Report of the Indian Hemp Drugs Commission, 1894-1895 - Volume I
Year: 1894
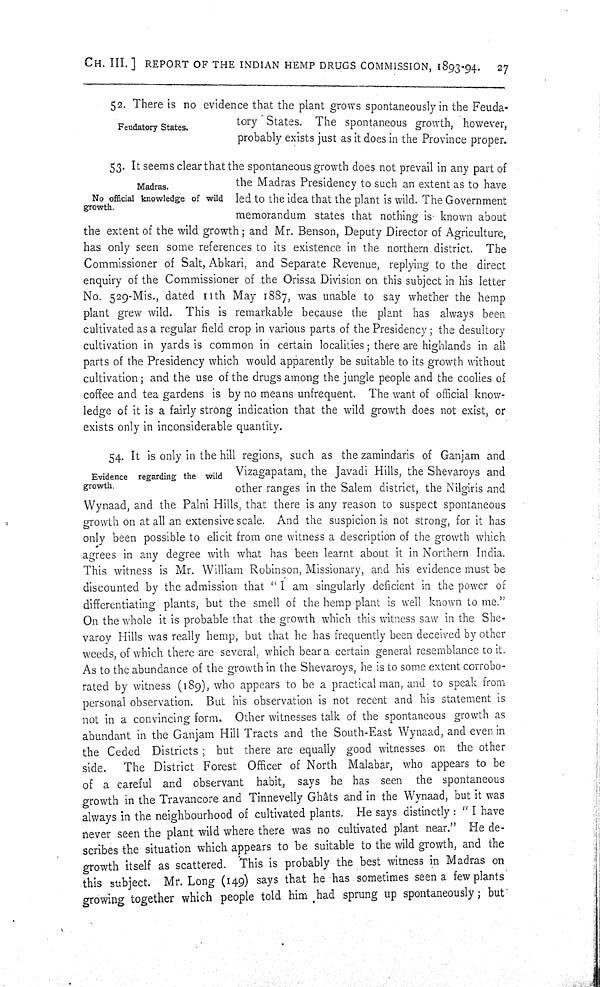
CH. III.] REPORT OF THE INDIAN HEMP DRUGS COMMISSION, 1893-94.
27
Feudatory States.
52. There is no evidence that the plant grows spontaneously in the Feuda-
tory States. The spontaneous growth, however,
probably exists just as it does in the Province proper.
Madras.
No official knowledge of wild
growth.
53. It seems clear that the spontaneous growth does not prevail in any part of
the Madras Presidency to such an extent as to have
led to the idea that the plant is wild. The Government
memorandum states that nothing is known about
the extent of the wild growth; and Mr. Benson, Deputy Director of Agriculture,
has only seen some references to its existence in the northern district. The
Commissioner of Salt, Abkari, and Separate Revenue, replying to the direct
enquiry of the Commissioner of the Orissa Division on this subject in his letter
No. 529-Mis., dated 11th May 1887, was unable to say whether the hemp
plant grew wild. This is remarkable because the plant has always been
cultivated as a regular field crop in various parts of the Presidency; the desultory
cultivation in yards is common in certain localities; there are highlands in all
parts of the Presidency which would apparently be suitable to its growth without
cultivation; and the use of the drugs among the jungle people and the coolies of
coffee and tea gardens is by no means unfrequent. The want of official know-
ledge of it is a fairly strong indication that the wild growth does not exist, or
exists only in inconsiderable quantity.
Evidence regarding the wild
growth.
54. It is only in the hill regions, such as the zamindaris of Ganjam and
Vizagapatam, the Javadi Hills, the Shevaroys and
other ranges in the Salem district, the Nilgiris and
Wynaad, and the Palni Hills, that there is any reason to suspect spontaneous
growth on at all an extensive scale. And the suspicion is not strong, for it has
only been possible to elicit from one witness a description of the growth which
agrees in any degree with what has been learnt about it in Northern India.
This witness is Mr. William Robinson, Missionary, and his evidence must be
discounted by the admission that "I am singularly deficient in the power of
differentiating plants, but the smell of the hemp plant is well known to me."
On the whole it is probable that the growth which this witness saw in the She-
varoy Hills was really hemp, but that he has frequently been deceived by other
weeds, of which there are several, which bear a certain general resemblance to it.
As to the abundance of the growth in the Shevaroys, he is to some extent corrobo-
rated by witness (189), who appears to be a practical man, and to speak from
personal observation. But his observation is not recent and his statement is
not in a convincing form. Other witnesses talk of the spontaneous growth as
abundant in the Ganjam Hill Tracts and the South-East Wynaad, and even in
the Ceded Districts; but there are equally good witnesses on the other
side.
The District Forest Officer of North Malabar, who appears to be
of a careful and observant habit, says he has seen the spontaneous
growth in the Travancore and Tinnevelly Ghâts and in the Wynaad, but it was
always in the neighbourhood of cultivated plants. He says distinctly: "I have
never seen the plant wild where there was no cultivated plant near." He de-
scribes the situation which appears to be suitable to the wild growth, and the
growth itself as scattered. This is probably the best witness in Madras on
this subject. Mr. Long (149) says that he has sometimes seen a few plants
growing together which people told him had sprung up spontaneously; but